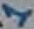
Text: 1